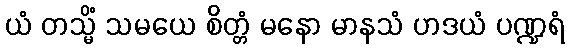
ယံ တသ္မိံ သမယေ စိတ္တံ မနော မာနသံ ဟဒယံ ပဏ္ဍရံ